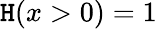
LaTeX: \mathtt{H}(x>0)=1